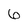
Character: 6